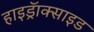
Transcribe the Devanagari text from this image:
हाइड्रॅाक्साइड